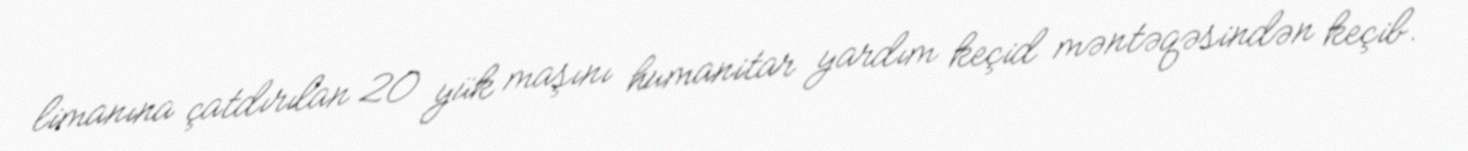
limanına çatdırılan 20 yük maşını humanitar yardım keçid məntəqəsindən keçib.